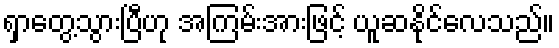
ရှာတွေ့သွားပြီဟု အကြမ်းအားဖြင့် ယူဆနိုင်လေသည်။